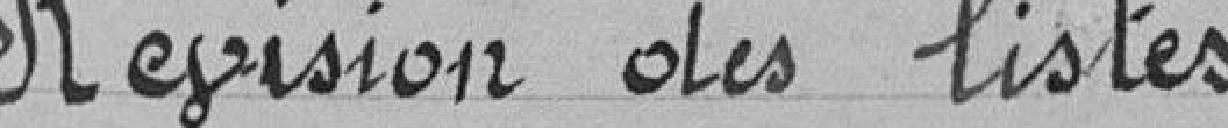
Révision des listes